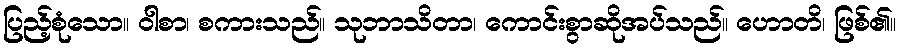
ပြည့်စုံသော။ ဝါစာ၊ စကားသည်။ သုဘာသိတာ၊ ကောင်းစွာဆိုအပ်သည်။ ဟောတိ၊ ဖြစ်၏။